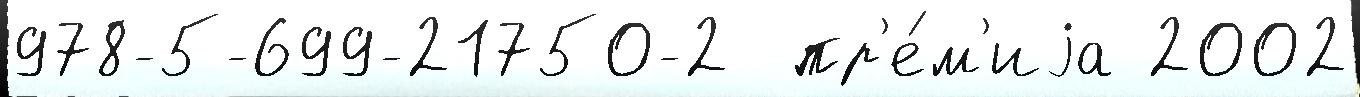
978-5-699-21750-2  пр'е́м'иjа 2002